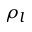
\rho _ { l }